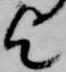
乞